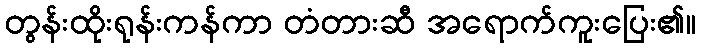
တွန်းထိုးရုန်းကန်ကာ တံတားဆီ အရောက်ကူးပြေး၏။